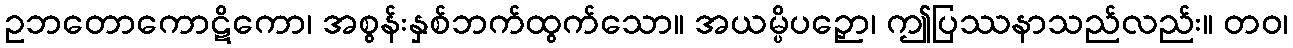
ဥဘတောကောဋိကော၊ အစွန်းနှစ်ဘက်ထွက်သော။ အယမ္ပိပဉှော၊ ဤပြဿနာသည်လည်း။ တဝ၊